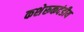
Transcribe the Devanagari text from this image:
कशेरूकदंडीय